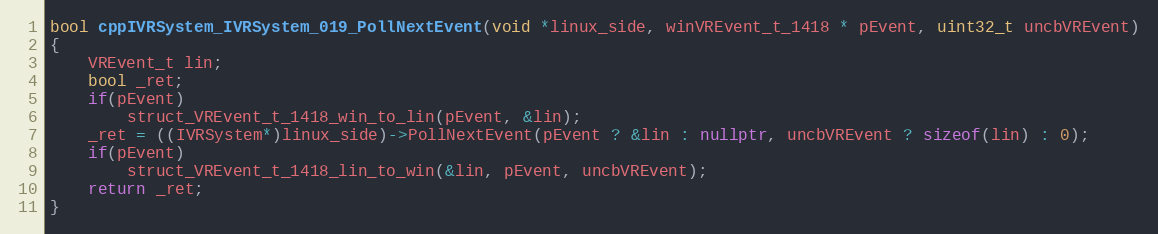
Language: C++
bool cppIVRSystem_IVRSystem_019_PollNextEvent(void *linux_side, winVREvent_t_1418 * pEvent, uint32_t uncbVREvent)
{
    VREvent_t lin;
    bool _ret;
    if(pEvent)
        struct_VREvent_t_1418_win_to_lin(pEvent, &lin);
    _ret = ((IVRSystem*)linux_side)->PollNextEvent(pEvent ? &lin : nullptr, uncbVREvent ? sizeof(lin) : 0);
    if(pEvent)
        struct_VREvent_t_1418_lin_to_win(&lin, pEvent, uncbVREvent);
    return _ret;
}